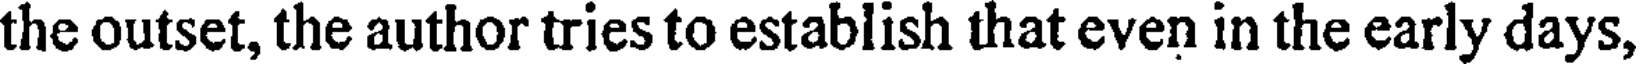
the outset, the author tries to establish that even in the early days,